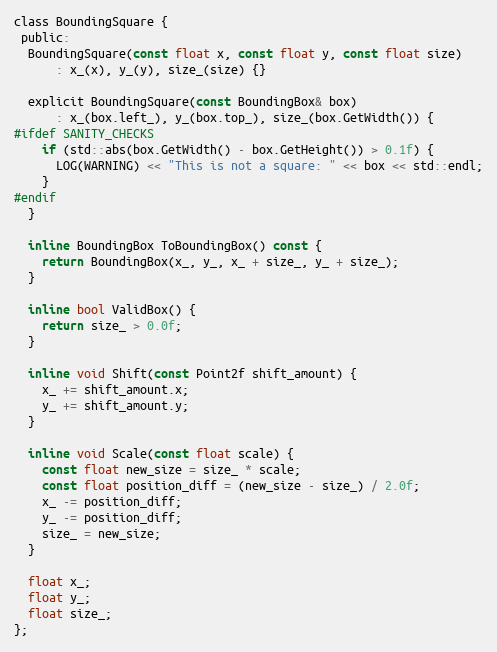
Language: C
class BoundingSquare {
 public:
  BoundingSquare(const float x, const float y, const float size)
      : x_(x), y_(y), size_(size) {}

  explicit BoundingSquare(const BoundingBox& box)
      : x_(box.left_), y_(box.top_), size_(box.GetWidth()) {
#ifdef SANITY_CHECKS
    if (std::abs(box.GetWidth() - box.GetHeight()) > 0.1f) {
      LOG(WARNING) << "This is not a square: " << box << std::endl;
    }
#endif
  }

  inline BoundingBox ToBoundingBox() const {
    return BoundingBox(x_, y_, x_ + size_, y_ + size_);
  }

  inline bool ValidBox() {
    return size_ > 0.0f;
  }

  inline void Shift(const Point2f shift_amount) {
    x_ += shift_amount.x;
    y_ += shift_amount.y;
  }

  inline void Scale(const float scale) {
    const float new_size = size_ * scale;
    const float position_diff = (new_size - size_) / 2.0f;
    x_ -= position_diff;
    y_ -= position_diff;
    size_ = new_size;
  }

  float x_;
  float y_;
  float size_;
};